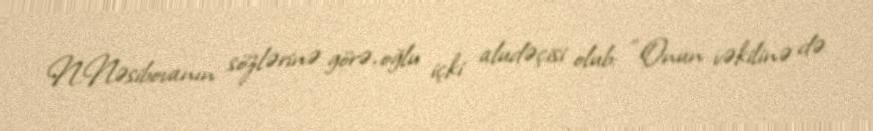
N.Nəsibovanın sözlərinə görə, oğlu içki aludəçisi olub: “Onun vəkilinə də